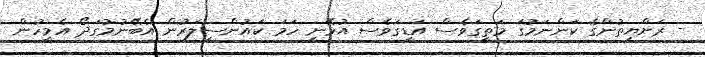
- ރަށްޔިިތުންގެ ކަންނަމުގަ މަތީގަވެސް އަޑީގަވެސް އުޅޭނީ ހަމަ ކައުންސިލަރުން އެބޭނުމުގަދޯ އެމީހުން